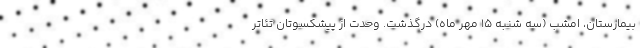
بیمارستان، امشب (سه شنبه ۱۵ مهر ماه) درگذشت. وحدت از پیشکسوتان‌ تئاتر